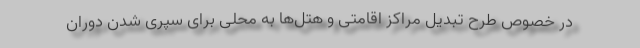
در خصوص طرح تبدیل مراکز اقامتی و هتل‌ها به محلی برای سپری شدن دوران